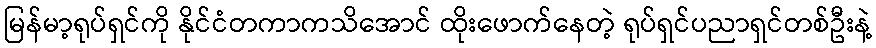
မြန်မာ့ရုပ်ရှင်ကို နိုင်ငံတကာကသိအောင် ထိုးဖောက်နေတဲ့ ရုပ်ရှင်ပညာရှင်တစ်ဦးနဲ့